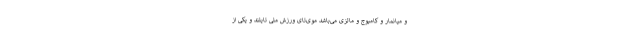
و میانمار و کامبوج و مالزی می‌باشد موی‌تای ورزش ملی تایلند و یکی از